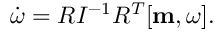
\begin{array} { r } { \dot { \boldsymbol \omega } = R I ^ { - 1 } R ^ { T } [ { \bf m } , { \boldsymbol \omega } ] . } \end{array}